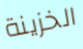
الخزينة